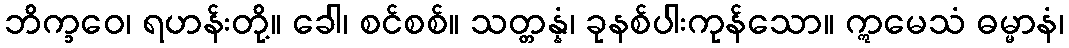
ဘိက္ခဝေ၊ ရဟန်းတို့။ ခေါ၊ စင်စစ်။ သတ္တန္နံ၊ ခုနစ်ပါးကုန်သော။ ဣမေသံ ဓမ္မာနံ၊